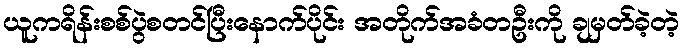
ယူကရိန်းစစ်ပွဲစတင်ပြီးနောက်ပိုင်း အတိုက်အခံတဦးကို ချမှတ်ခဲ့တဲ့